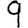
Digit: 9